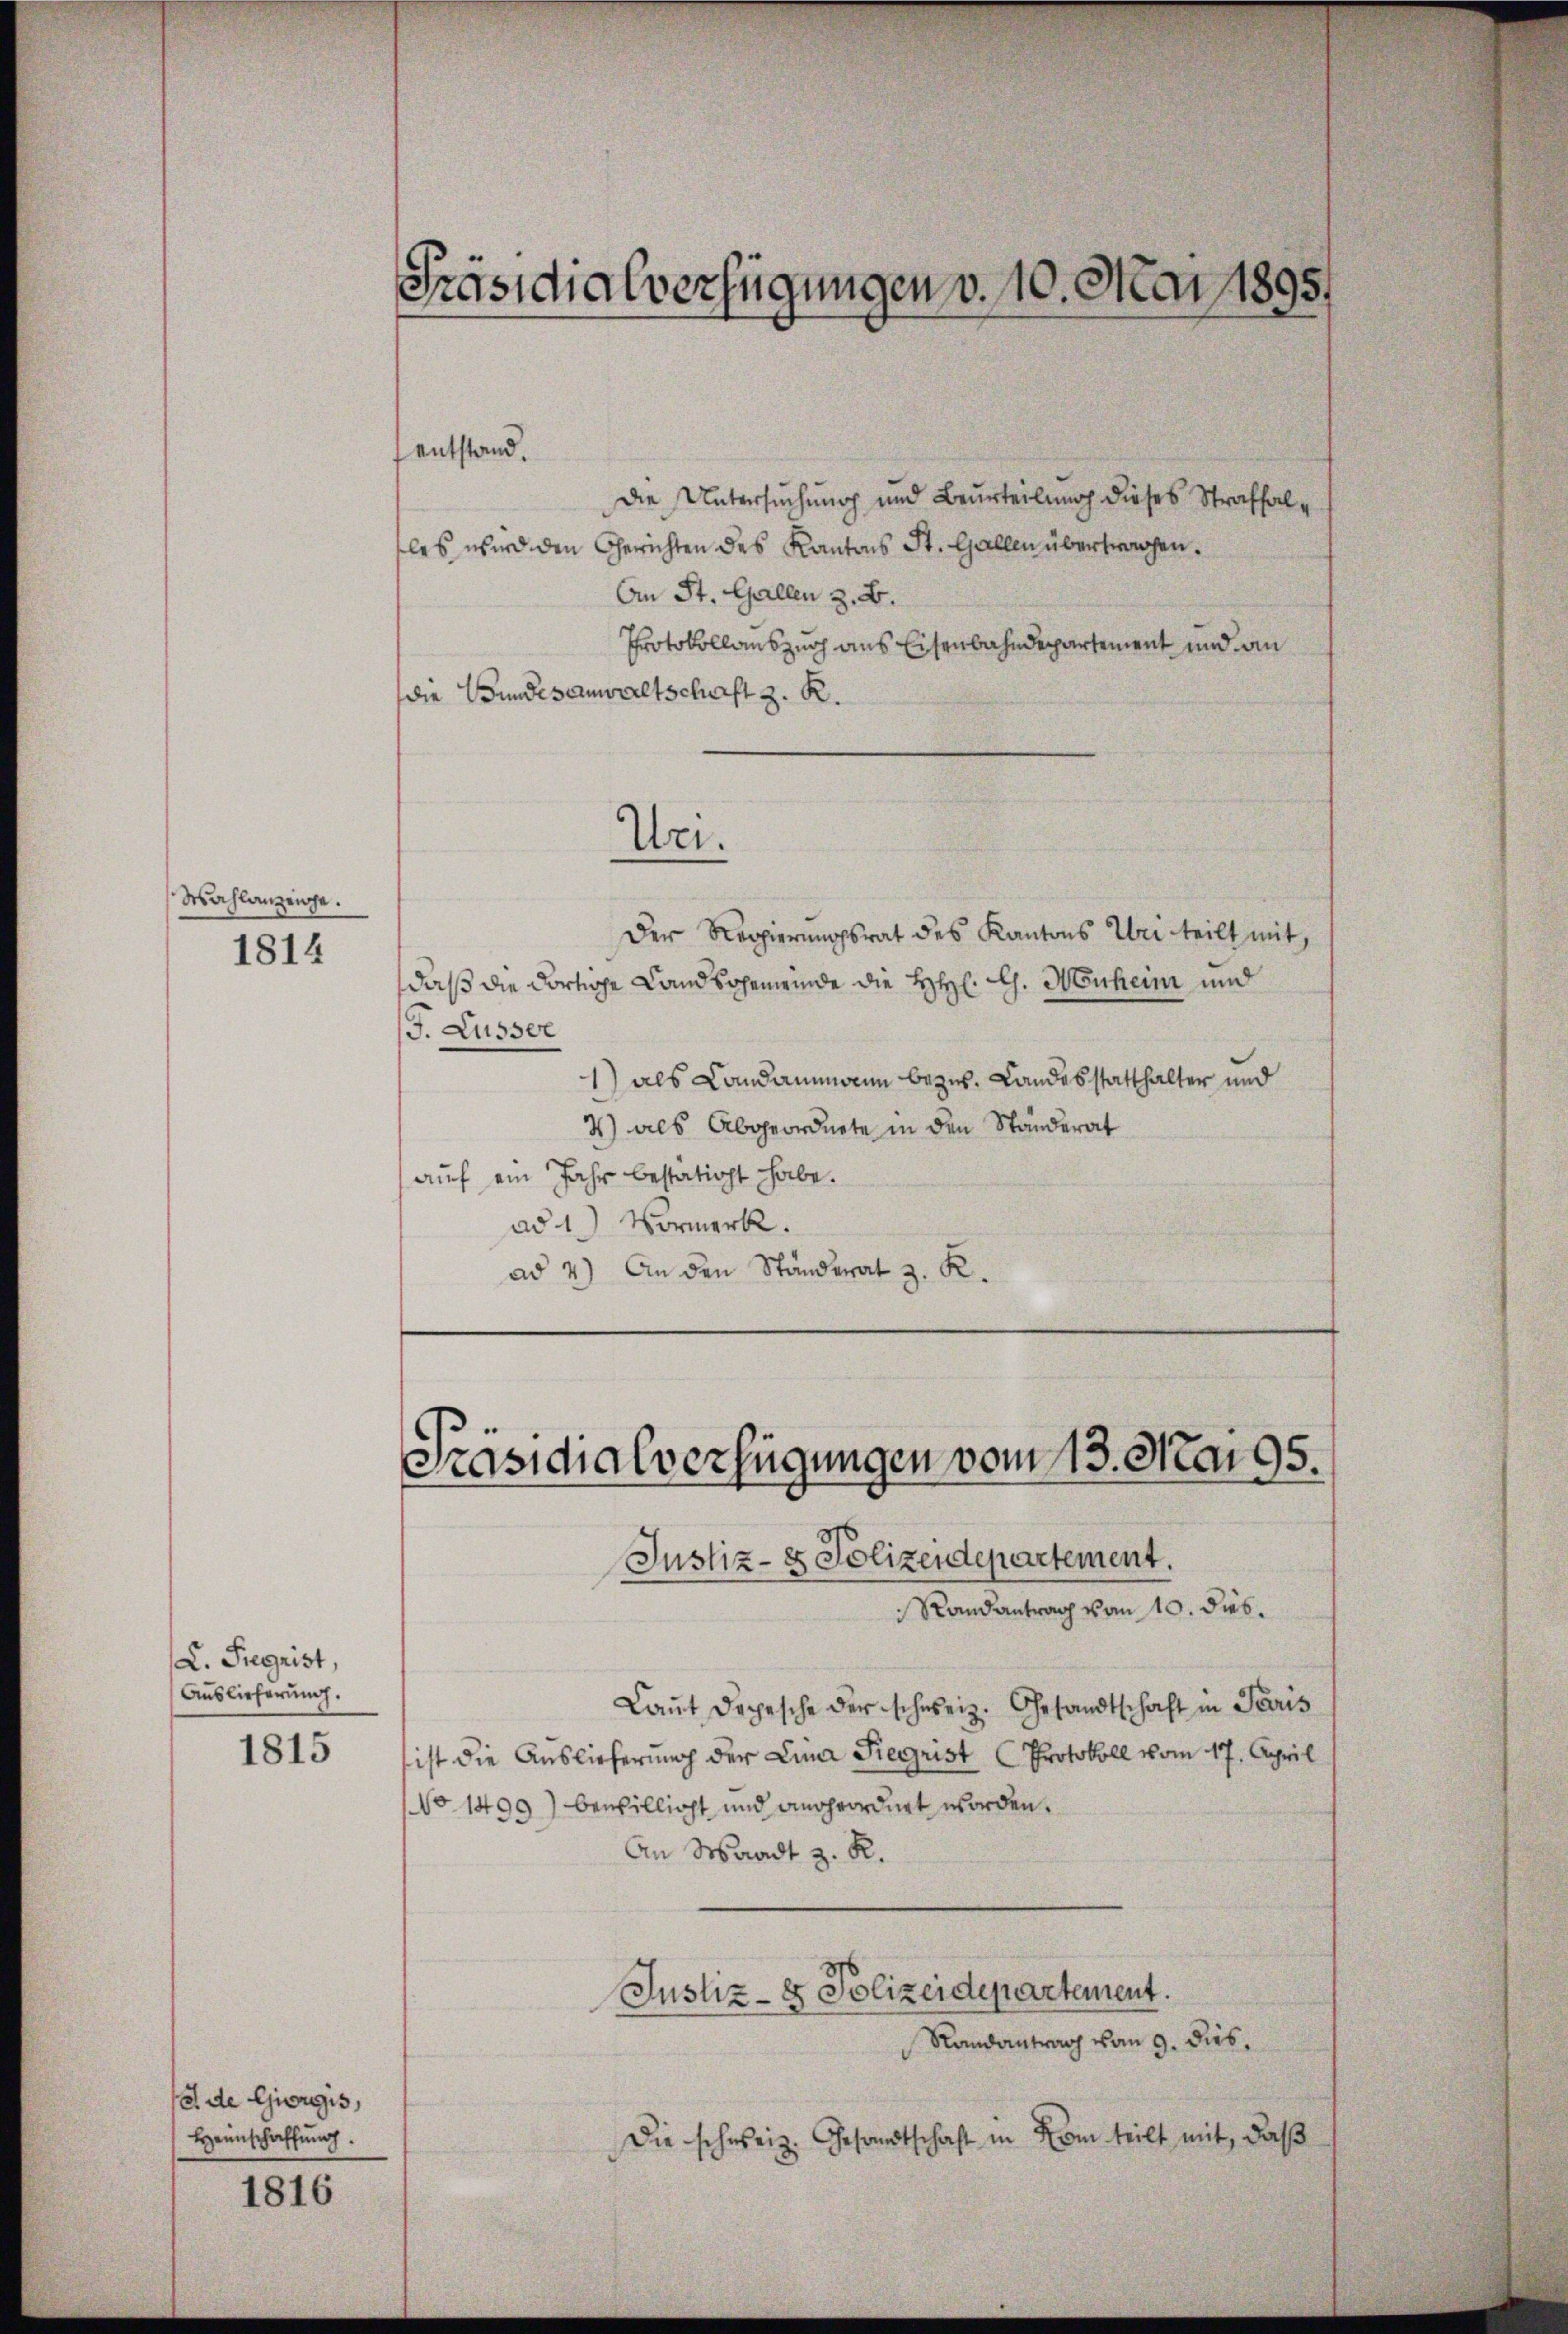
Wahlanzenge.

1814

C. Siegrist,
Auslieferung.

1815

1816

Präsidialverfügungen v. 10. Mai 1895.

e de Giorgis,
Heimschaffung.

entstand.
Die Untersuchung und Beurteilung dieses Straffalles wird den Gerichten des Kantons St. Gallen übertragen.
An St. Gallen z. B.
Protokollauszug aus Eisenbahndepartement und an
die Bundesanwaltschaft z. R.

Uri.

Präsidialverfügungen vom 13. Mai 95.
Justiz- & Polizeidepartement.

Der Regierungsrat des Kantons Uri teilt mit,
daß die dortige Landsohemwinde die HH: Ch. Muheim und
J. Lusser
1) als Landammann bezw. Landesstatthalter und
2) als Abgeordnete in den Ständerat
auf ein Jahr bestatirt habe.
ad 1.) Vormerk.
ad 4) An den Ständerat z. K.

Randantrag von 10. dies.

Justiz- & Polizeidepartement.
Randantrag vom 9. Dieb¬

Laŭt dopische der schweiz. Gesandtschaft in Paris
ist die Auslieferung der Lina Siegrist (Protokoll vom 17. April
No 1499) bewillicht und angeordnet worden.
An Waadt z. R.

Die schweiz. Gesandtschaft in Form teilt mit, daß